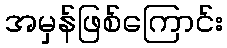
အမှန်ဖြစ်ကြောင်း